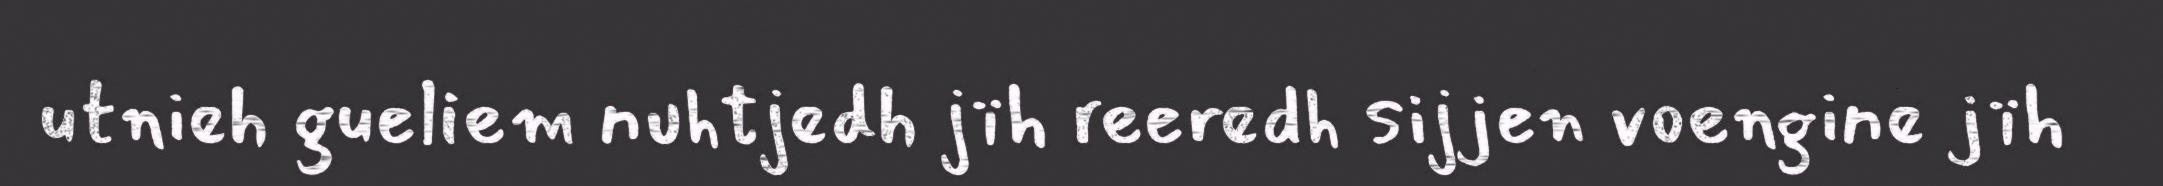
utnieh gueliem nuhtjedh jïh reeredh sijjen voengine jïh